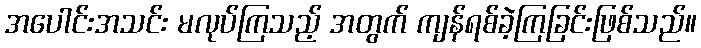
အပေါင်းအသင်း မလုပ်ကြသည့် အတွက် ကျန်ရစ်ခဲ့ကြခြင်းဖြစ်သည်။